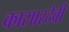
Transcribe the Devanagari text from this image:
कासारदेवी